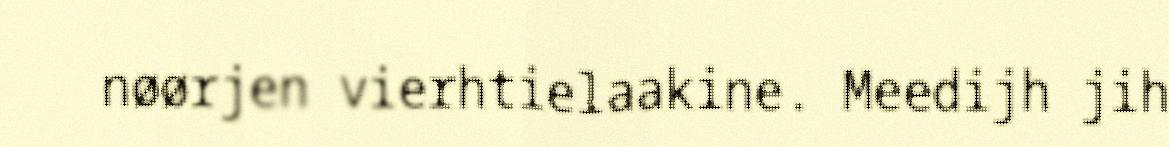
nøørjen vierhtielaakine. Meedijh jih